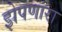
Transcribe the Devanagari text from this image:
झेपणारा